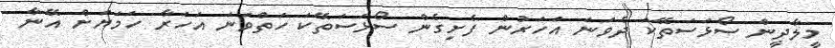
މީލާދީން ސޯޅަސަތޭކަ ދެވަނަ އަހަރުން ފެށިގެން ސޯޅަސަތޭކަ ހަތްވަނަ އަހަރާ ހަމަޔަށް އޭނާ